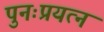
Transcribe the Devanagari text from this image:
पुनःप्रयत्न